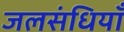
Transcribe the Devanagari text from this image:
जलसंधियाँ